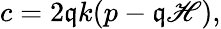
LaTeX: c=2\mathfrak{q}k(p-\mathfrak{q}\mathscr{H}),